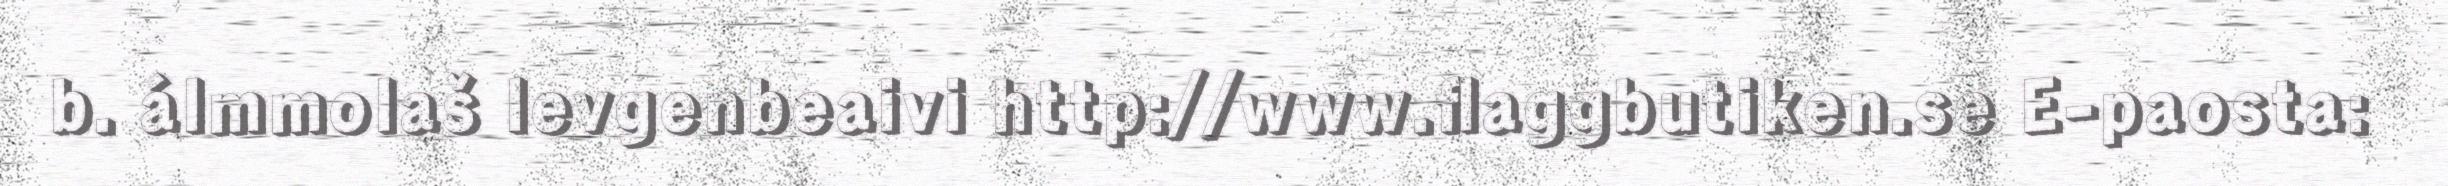
b. álmmolaš levgenbeaivi http://www.flaggbutiken.se E-paosta: